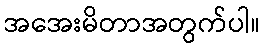
အအေးမိတာအတွက်ပါ။